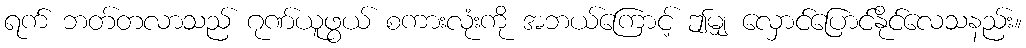
ရက် ဘတ်တလာသည် ဂုဏ်ယူဖွယ် စကားလုံးကို အဘယ်ကြောင့် ဤမျှ လှောင်ပြောင်နိုင်လေသနည်း။